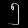
Digit: ၅